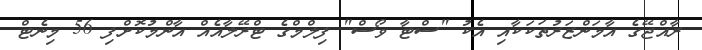
ރާއްޖޭގެ އާމަންޒަރުތަކަކާއި އެކު "ސްޓާ ވޯސް" ފިލްމްގެ ޓްރޭލާއެއް އާންމުކޮށްފި 56 މިނެޓް